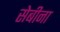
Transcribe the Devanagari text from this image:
सेबीना